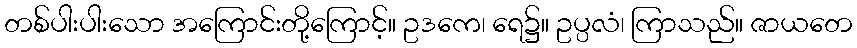
တစ်ပါးပါးသော အကြောင်းတို့ကြောင့်။ ဥဒကေ၊ ရေ၌။ ဥပ္ပလံ၊ ကြာသည်။ ဇာယတေ